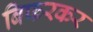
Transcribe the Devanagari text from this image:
बिफरकर